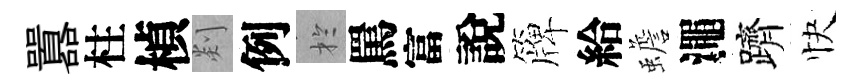
囂柱楨剡例扵罵富說簰給蟾澠躋快